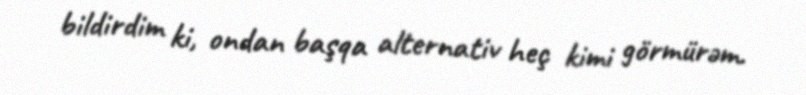
bildirdim ki, ondan başqa alternativ heç kimi görmürəm.